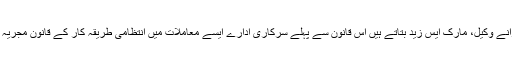
ایف او آئی اے کے معاملات کے ایک پرانے وکیل، مارک ایس زید بتاتے ہیں اس قانون سے پہلے سرکاری ادارے ایسے معاملات میں انتظامی طریقہ کار کے قانون مجریہ 1946 کے تحت تعاون کیا کرتے تھے۔